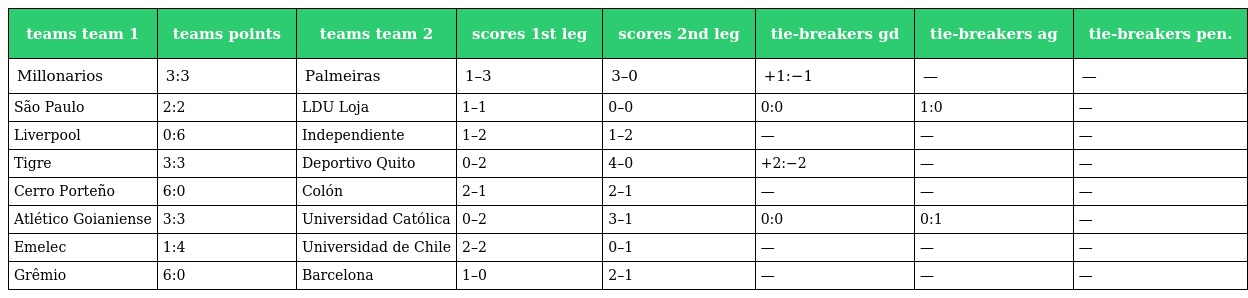
| teams team 1 | teams points | teams team 2 | scores 1st leg | scores 2nd leg | tie-breakers gd | tie-breakers ag | tie-breakers pen. |
 | --- | --- | --- | --- | --- | --- | --- | --- |
 | Millonarios | 3:3 | Palmeiras | 1–3 | 3–0 | +1:−1 | — | — |
 | São Paulo | 2:2 | LDU Loja | 1–1 | 0–0 | 0:0 | 1:0 | — |
 | Liverpool | 0:6 | Independiente | 1–2 | 1–2 | — | — | — |
 | Tigre | 3:3 | Deportivo Quito | 0–2 | 4–0 | +2:−2 | — | — |
 | Cerro Porteño | 6:0 | Colón | 2–1 | 2–1 | — | — | — |
 | Atlético Goianiense | 3:3 | Universidad Católica | 0–2 | 3–1 | 0:0 | 0:1 | — |
 | Emelec | 1:4 | Universidad de Chile | 2–2 | 0–1 | — | — | — |
 | Grêmio | 6:0 | Barcelona | 1–0 | 2–1 | — | — | — |